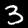
Label: 3